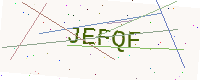
Text: JEFQF